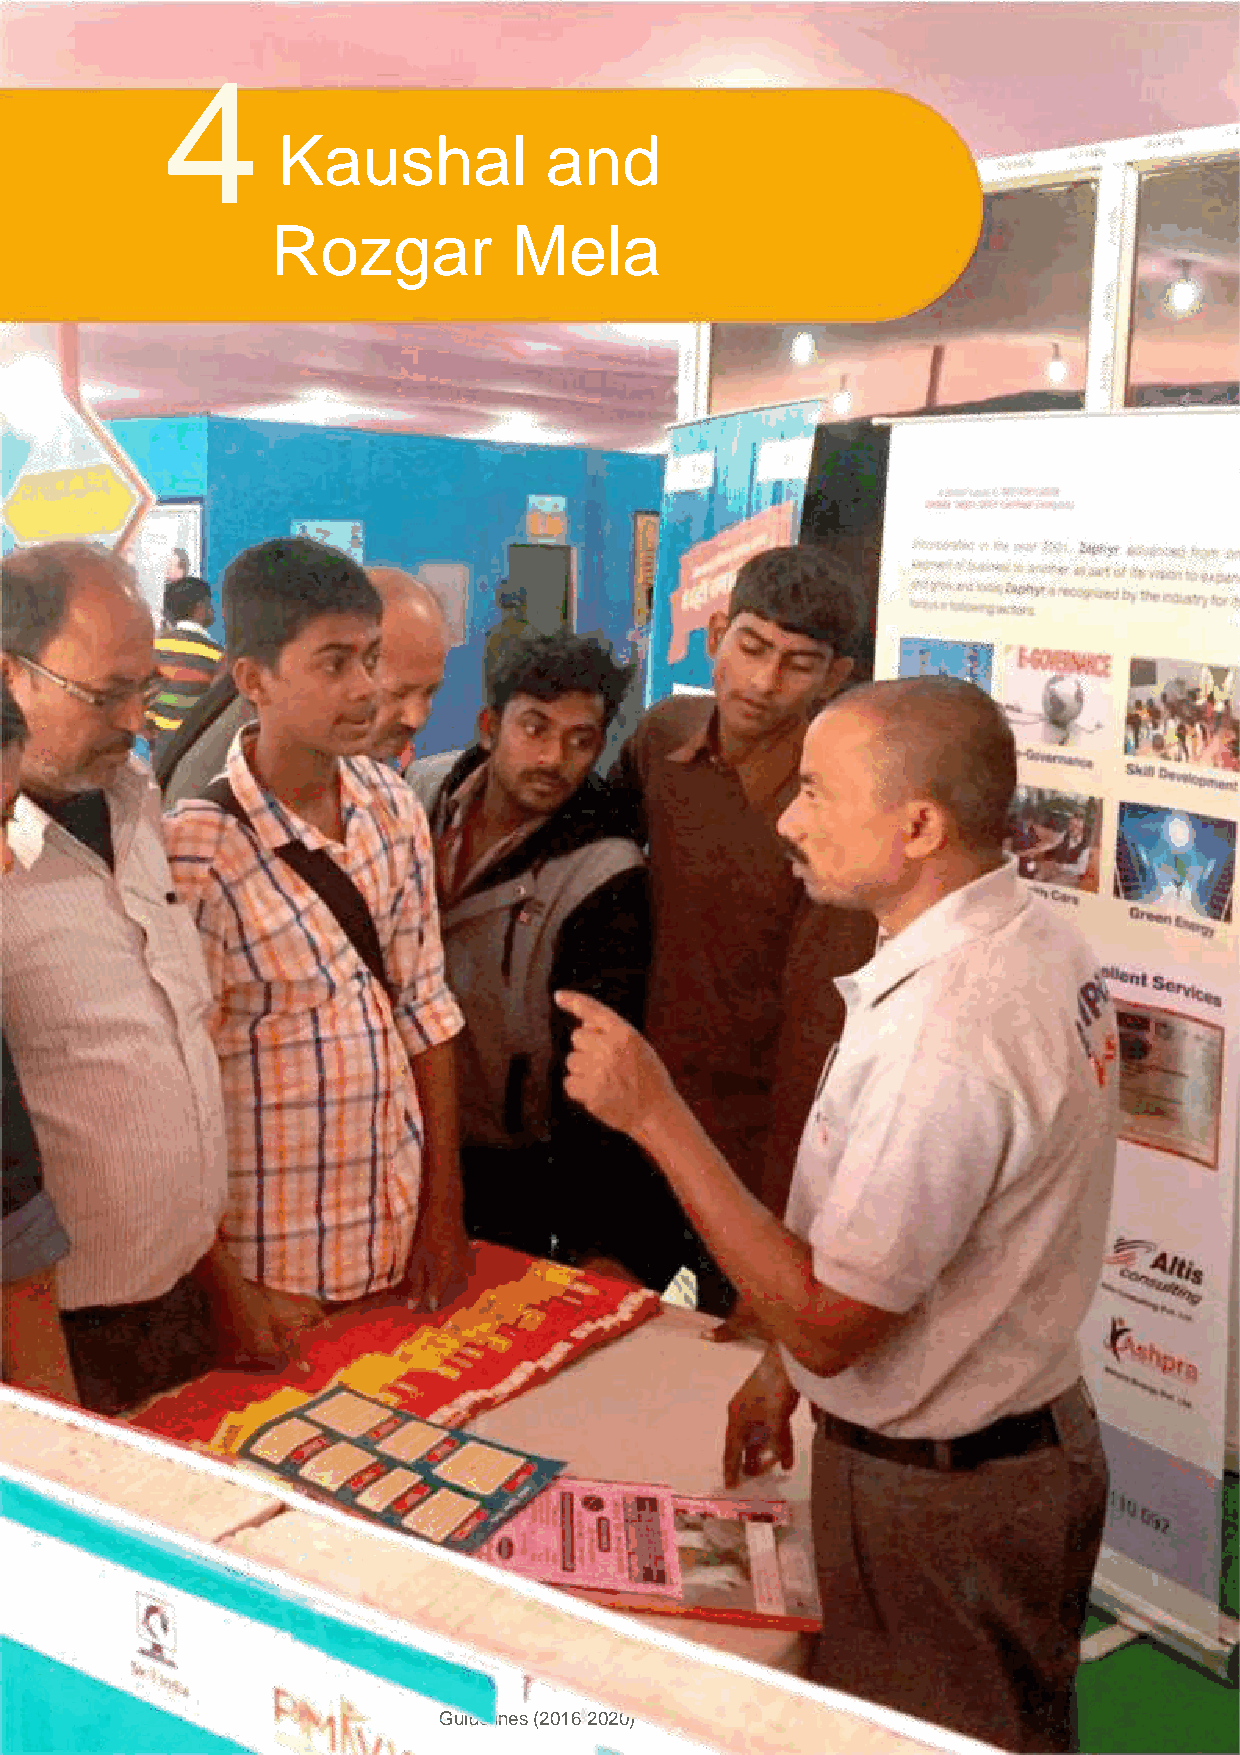
4
 Kaushal           and
 Rozgar          Mela
 Guidelines (2016-2020) | 55